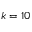
k = 1 0